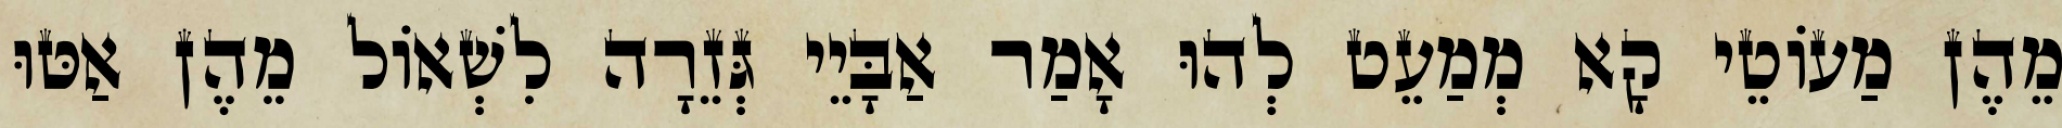
מֵהֶן מַעוֹטֵי קָא מְמַעֵט לְהוּ אָמַר אַבָּיֵי גְּזֵרָה לִשְׁאוֹל מֵהֶן אַטּוּ